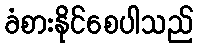
ခံစားနိုင်စေပါသည်